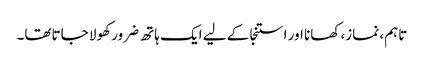
تاہم، نماز، کھانا اور استنجا کے لیے ایک ہاتھ ضرور کھولا جاتاتھا۔